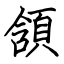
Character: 頷